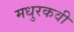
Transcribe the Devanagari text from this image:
मधुरकवी